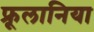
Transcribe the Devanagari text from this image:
फ्रूलानिया